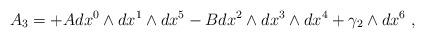
LaTeX: \begin{align*}A_{3}=+Adx^{0}\wedge dx^{1}\wedge dx^{5}-Bdx^{2}\wedge dx^{3}\wedge dx^{4}+\gamma_{2}\wedge dx^{6}\ ,\end{align*}